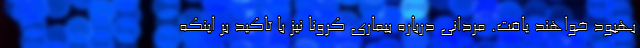
بهبود خواهند یافت. مردانی درباره بیماری کرونا نیز با تاکید بر اینکه